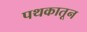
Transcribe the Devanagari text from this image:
पथकातून